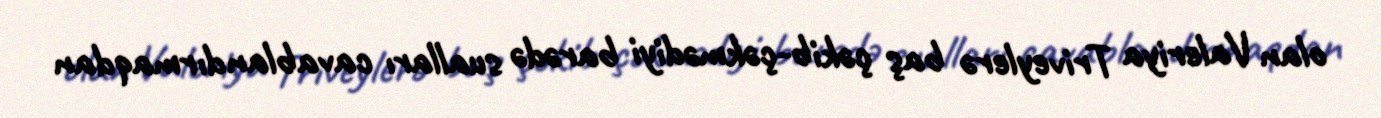
olan Valeriya Triveylerə baş çəkib-çəkmədiyi barədə sualları cavablandırmaqdan